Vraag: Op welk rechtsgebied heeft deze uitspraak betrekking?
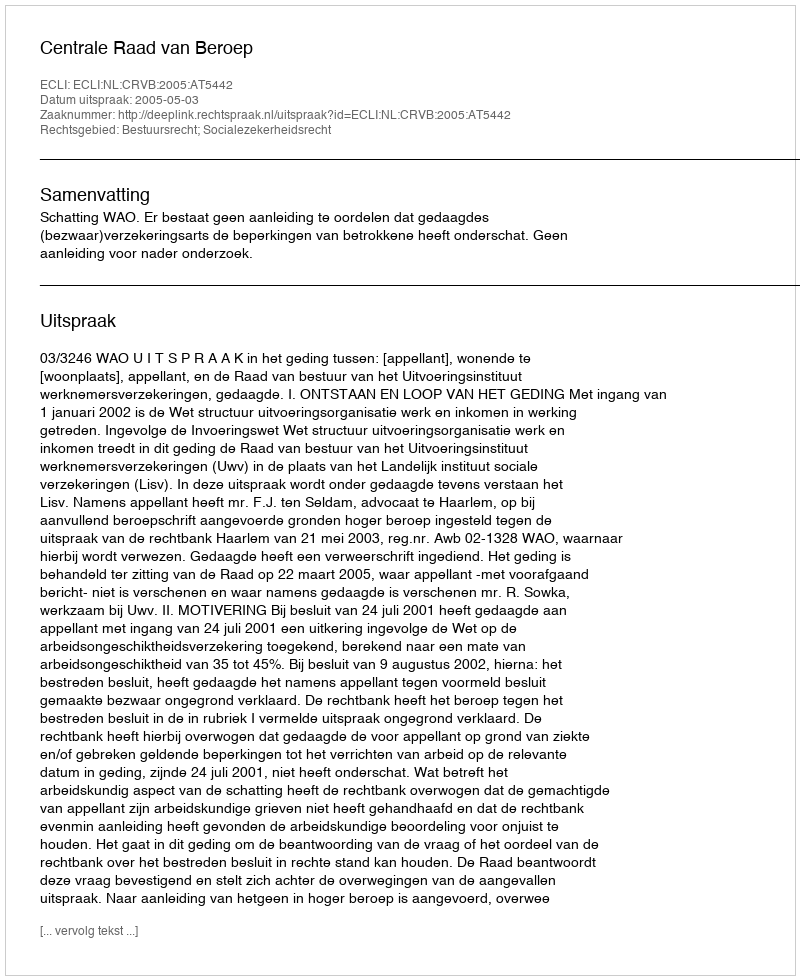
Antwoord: Bestuursrecht; Socialezekerheidsrecht